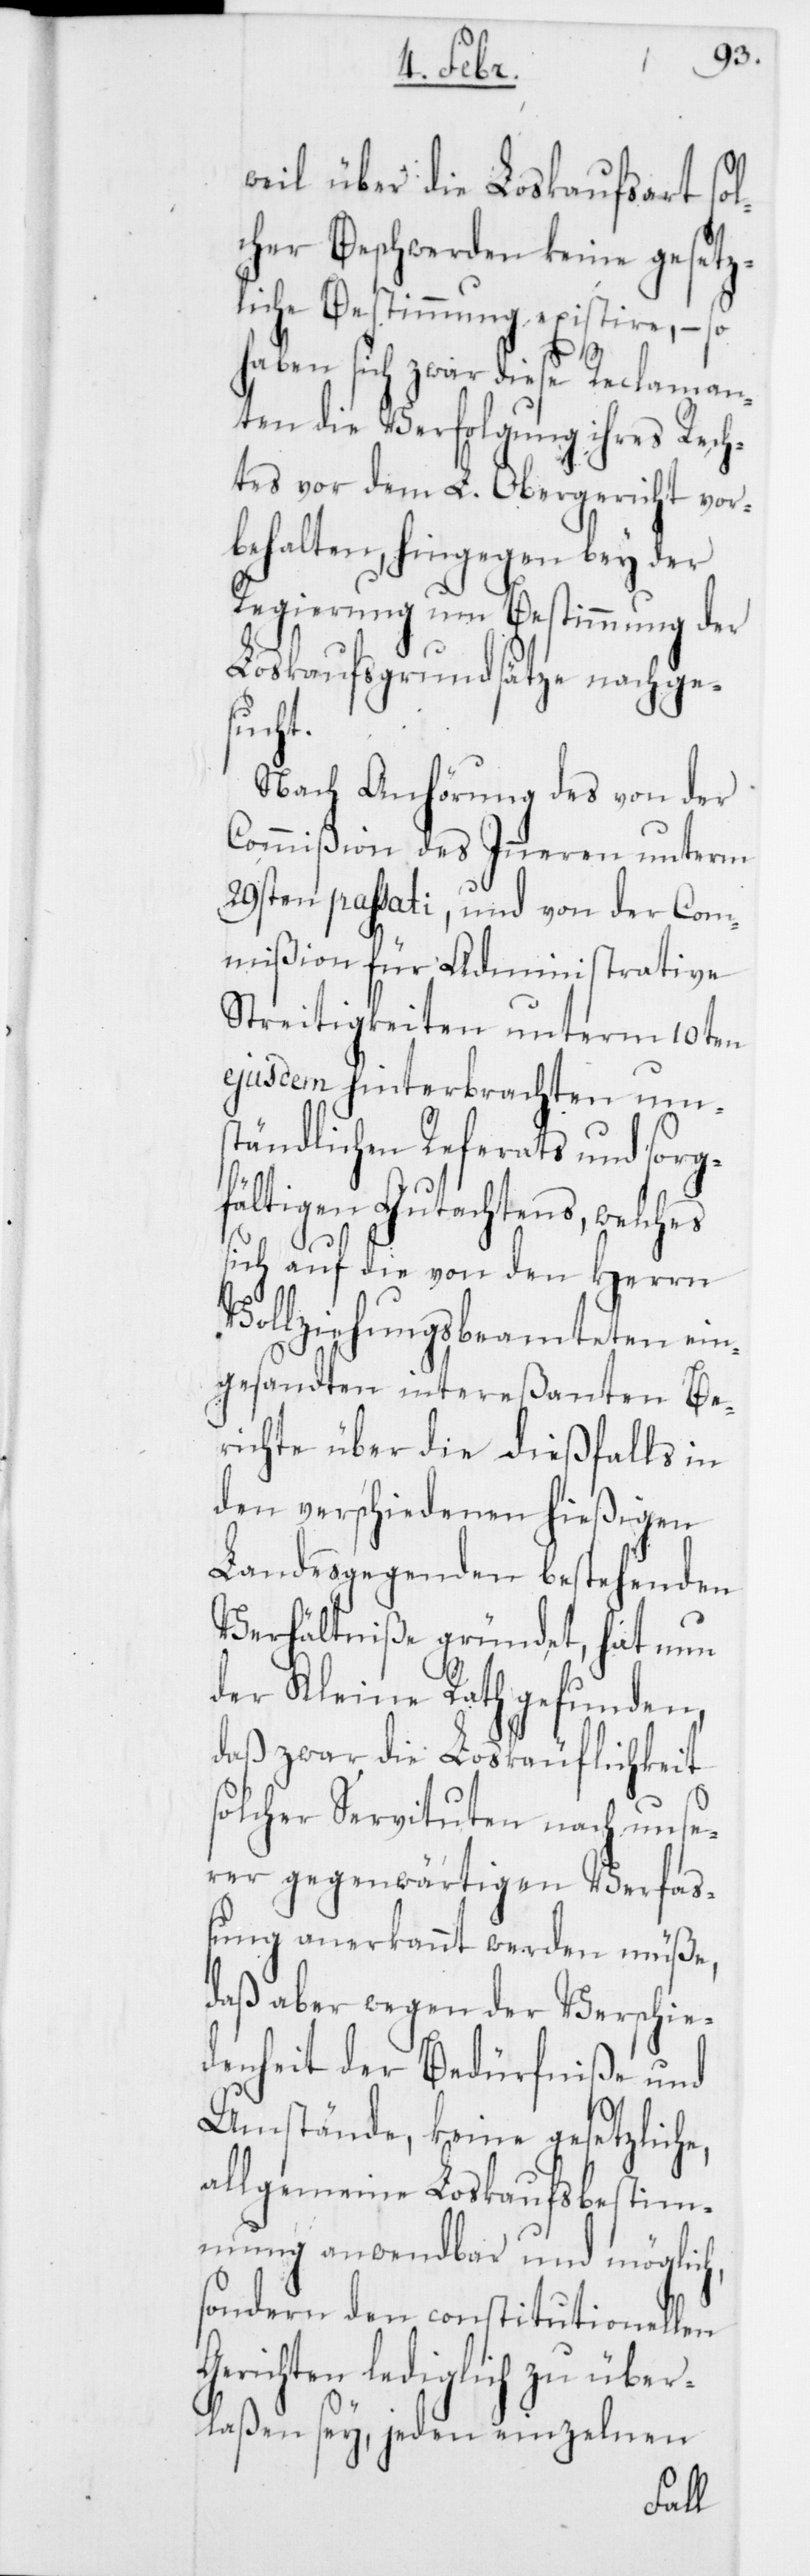
weil über die Loskaufsart sol¬
cher Beschwerden keine gesetz¬
liche Bestimmung existire, – so
haben sich zwar diese Reclaman¬
ten die Verfolgung ihres Rech¬
tes vor dem L. Obergericht vor¬
behalten, hingegen bey der
Regierung um Bestimmung der
Loskaufsgrundsätze nachge¬
sucht.
Nach Anhörung des von der
Commißion des Inneren unterm
29sten passati, und von der Com¬
mißion für Administrative
Streitigkeiten unterm 10ten
ejusdem hinterbrachten ums¬
tändlichen Referats und sorg¬
fältigen Gutachtens, welches
sich auf die von den Herrn
Vollziehungsbeamteten ein¬
gesandten intereßanten Be¬
richte über die dießfalls in
den verschiedenen hießigen
Landesgegenden bestehenden
Verhältniße gründet, hat nun
der Kleine Rath gefunden,
daß zwar die Loskäuflichkeit
solcher Servituten nach unse¬
rer gegenwärtigen Verfaß¬
ung anerkannt werden müße,
daß aber wegen der Verschie¬
denheit der Bedürfniße und
Umstände, keine gesetzlich¬
allgemeine Loskaufsbestim¬
mung anwendbar und möglic¬
sondern den constitutionellen
Gerichten lediglich zu über¬
laßen sey, jeden einzelnen
h,